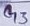
Text: G3